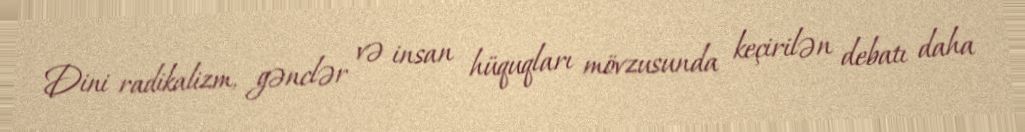
Dini radikalizm, gənclər və insan hüquqları mövzusunda keçirilən debatı daha